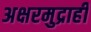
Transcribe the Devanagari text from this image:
अक्षरमुद्राही